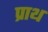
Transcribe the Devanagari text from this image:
प्राथ